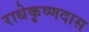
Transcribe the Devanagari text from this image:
राधेकृष्णदास